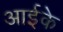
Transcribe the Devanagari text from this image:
आईके